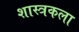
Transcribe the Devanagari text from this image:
शास्त्रकला